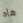
هاه